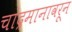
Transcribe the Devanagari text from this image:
चांद्रमानावरून